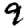
Digit: 9